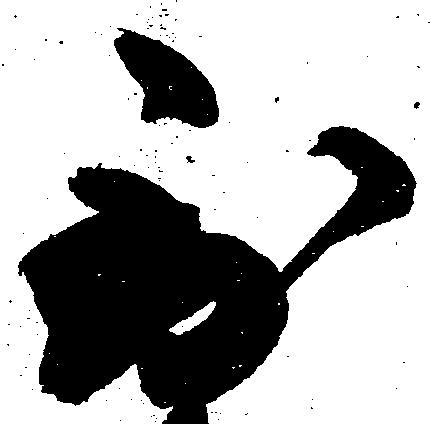
到